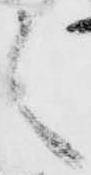
之